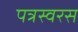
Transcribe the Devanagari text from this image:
पत्रस्वरस